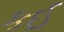
કઈ